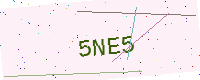
Text: 5NE5